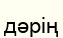
дәрің